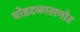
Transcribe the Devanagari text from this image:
घोडदळासमोर